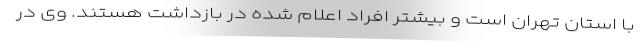
با استان تهران است و بیشتر افراد اعلام شده در بازداشت هستند. وی در